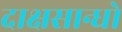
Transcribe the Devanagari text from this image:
दाक्षसान्धो